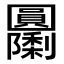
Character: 𭍹